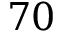
7 0